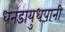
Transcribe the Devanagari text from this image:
धनडायुधपानी